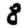
Digit: 8